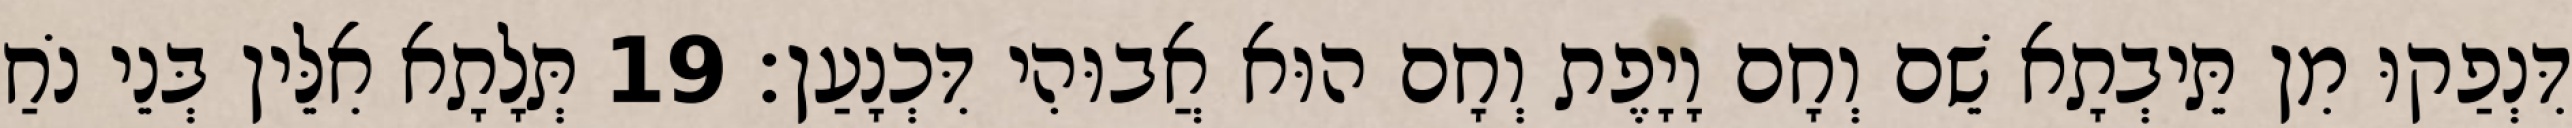
דִּנְפַקוּ מִן תֵּיבְתָא שֵׁם וְחָם וָיָפֶת וְחָם הוּא אֲבוּהִי דִּכְנָעַן׃ 19 תְּלָתָא אִלֵּין בְּנֵי נֹחַ